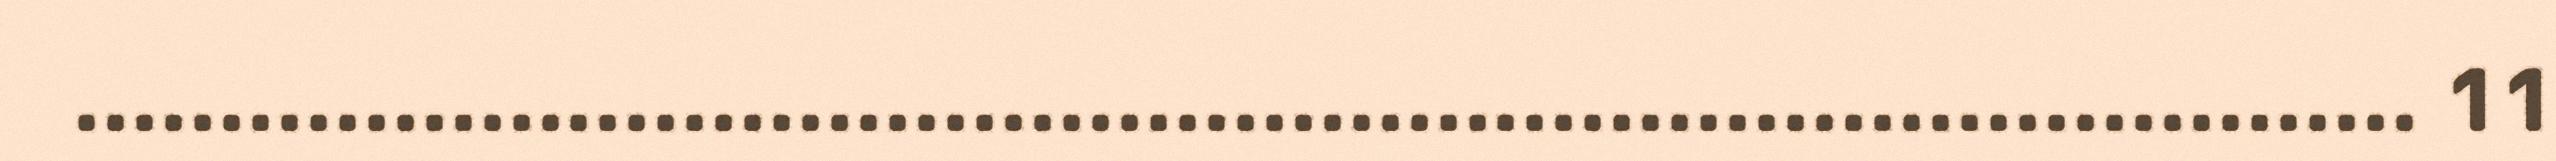
................................................................................. 11